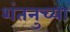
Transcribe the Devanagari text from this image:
शंतनुच्या